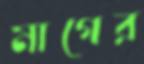
মাগের